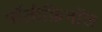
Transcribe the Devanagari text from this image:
पॉलीफ़िनॉल